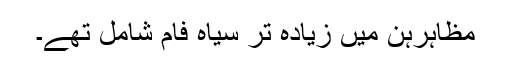
مظاہرہن میں زیادہ تر سیاہ فام شامل تھے۔